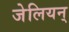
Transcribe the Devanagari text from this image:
जेलियन्